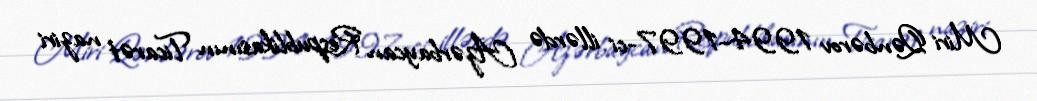
Miri Qənbərov 1994–1997-ci illərdə Azərbaycan Respublikasının Ticarət naziri